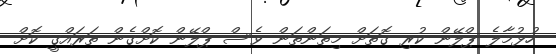
ހުޅުމާލެ ޕްލޭން ކުރި ގޮތަށް މިތަންތަން ވެސް ޕްލޭން ކޮށްގެން ތަރައްގީ ކޮށް